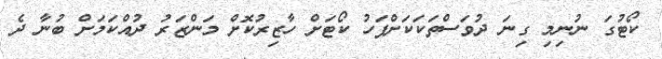
ކޯޓުގަ ނުނިމި ގިނަ ދުވަސްތަކަކަށްފަހު ކޯޓަށް ހާޒިރުކޮށް މަންޒަރު ދުއްކަމަށް ބުނާ ދެ